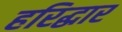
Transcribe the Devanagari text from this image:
हरिद्धार